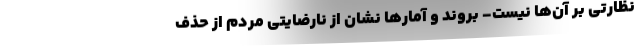
نظارتی بر آن‌ها نیست- بروند و آمارها نشان از نارضایتی مردم از حذف